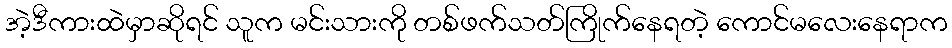
အဲ့ဒီကားထဲမှာဆိုရင် သူက မင်းသားကို တစ်ဖက်သတ်ကြိုက်နေရတဲ့ ကောင်မလေးနေရာက